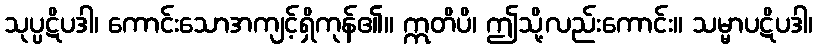
သုပ္ပဋိပဒါ၊ ကောင်းသောအကျင့်ရှိကုန်၏။ ဣတိပိ၊ ဤသို့လည်းကောင်း။ သမ္မာပဋိပဒါ၊